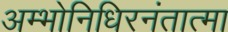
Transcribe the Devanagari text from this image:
अम्भोनिधिरनंतात्मा